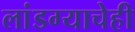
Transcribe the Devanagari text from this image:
लांडग्याचेही